King Institute of Preventive Medicine Micro-Biological Section reports 1912-19
Year: 1912
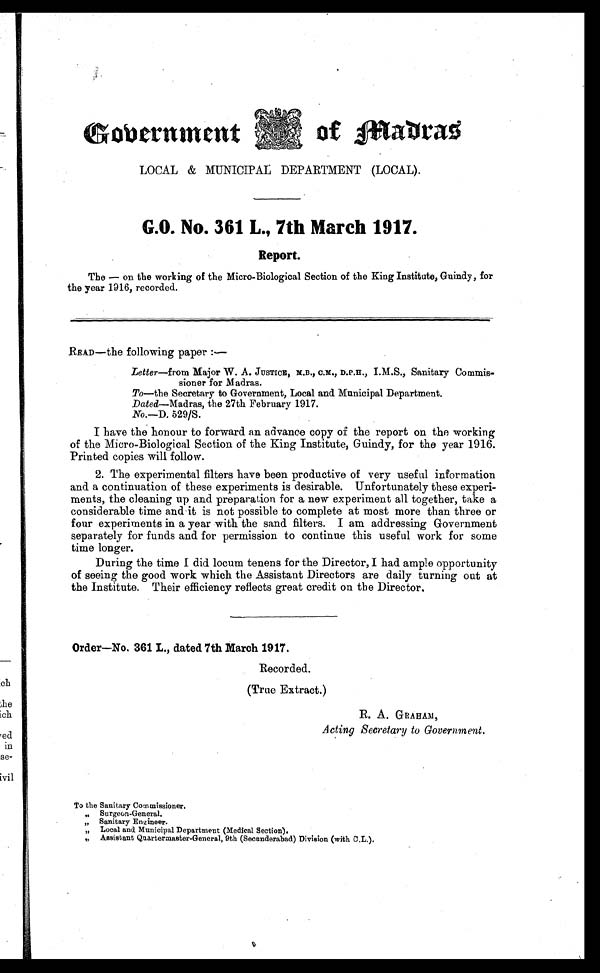
Government
of Madras
LOCAL & MUNICIPAL DEPARTMENT (LOCAL).
G.O. No. 361 L., 7th March 1917.
Report.
The — on the working of the Micro-Biological Section of the King Institute, Guindy, for
the year 1916, recorded.
READ—the following paper:—
Letter—from Major W. A. JUSTICE, M.B., C.M., D.P.H., I.M.S., Sanitary Commis
-sioner for Madras.
To—the Secretary to Government, Local and Municipal Department.
Dated—Madras, the 27th February 1917.
No.—D. 529/S.
I have the honour to forward an advance copy of the report on the working
of the Micro-Biological Section of the King Institute, Guindy, for the year 1916.
Printed copies will follow.
2. The experimental filters have been productive of very useful information
and a continuation of these experiments is desirable. Unfortunately these experi
- m e n t s , t h e c l e a n i n g u p a n d p r e p a r a t i o n f o r a n e w e x p e r i m e n t a l l t o g e t h e r , t a k e a
considerable time and it is not possible to complete at most more than three or
four experiments in a year with the sand filters. I am addressing Government
separately for funds and for permission to continue this useful work for some
time longer.
During the time I did locum tenens for the Director, I had ample opportunity
of seeing the good work which the Assistant Directors are daily turning out at
the Institute. Their efficiency reflects great credit on the Director.
Order—No.361 L., dated 7th March 1917.
Recorded.
(True Extract.)
R. A. GRAHAM,
Acting Secretary to Government.
To the Sanitary Commissioner.
„ Surgeon-General.
„ Sanitary Engineer.
„ Local and Municipal Department (Medical Section).
„ Assistant Quartermaster-General, 9th (Secunderabad) Division (with C.L.).